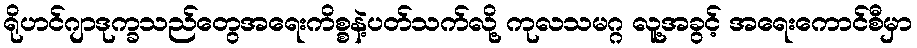
ရိုဟင်ဂျာဒုက္ခသည်တွေအရေးကိစ္စနဲ့ပတ်သက်လို့ ကုလသမဂ္ဂ လူ့အခွင့် အရေးကောင်စီမှာ